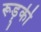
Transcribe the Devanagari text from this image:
रूड़्की